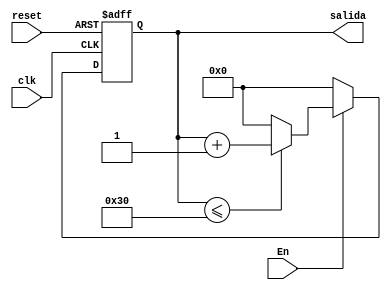
`timescale 1ns / 1ps
//////////////////////////////////////////////////////////////////////////////////
// Company: 
// Engineer: 
// 
// Design Name: 
// Module Name:    control_inicio 
// Project Name: 
// Target Devices: 
// Tool versions: 
// Description: 
//
// Dependencies: 
//
// Revision: 
// Revision 0.01 - File Created
// Additional Comments: 
//
//////////////////////////////////////////////////////////////////////////////////
module control_inicio(
input En,
input clk,
input reset,
output [5:0] salida 
    );

reg [5:0]q_act, q_next;


//Body of "state" registers
always@(posedge clk,posedge reset)
	if(reset) begin
		q_act<= 0;end
	else
		q_act <= q_next;

//Specified functions of the counter 		
always@*
begin
	if(En)
	begin
		if(salida <= 6'd48) 
				begin
					q_next = q_act + 6'b1;
				end
		else 
		q_next = 6'b0;
		
	end
	else 
		q_next =6'b0;


end

assign salida = q_act;
 
endmodule